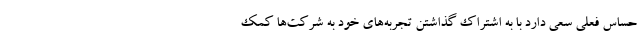
حساس فعلی سعی دارد با به اشتراک گذاشتن تجربه‌های خود به شرکت‌ها کمک